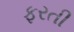
ફરતી